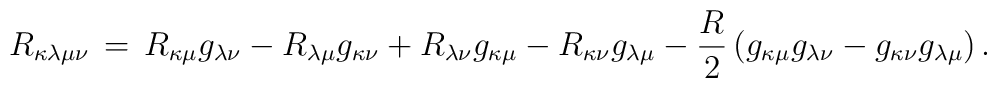
R_{\kappa \lambda \mu \nu}\,=\,R_{\kappa \mu}g_{\lambda \nu}-R_{\lambda \mu}g_{\kappa \nu}+R_{\lambda \nu}g_{\kappa \mu}-R_{\kappa \nu}g_{\lambda \mu}-\frac{R}{2}\left(g_{\kappa \mu}g_{\lambda \nu}-g_{\kappa \nu}g_{\lambda \mu}\right).